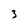
Character: 3